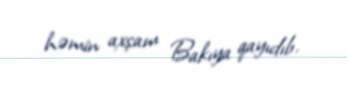
həmin axşam Bakıya qayıdıb.